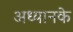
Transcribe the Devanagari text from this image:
अध्यानके